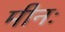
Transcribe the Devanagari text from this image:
मीनः